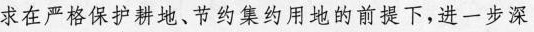
求在严格保护耕地、节约集约用地的前提下，进一步深